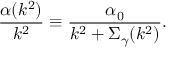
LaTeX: \frac { \alpha ( k ^ { 2 } ) } { k ^ { 2 } } \equiv \frac { \alpha _ { 0 } } { k ^ { 2 } + \Sigma _ { \gamma } ( k ^ { 2 } ) } .